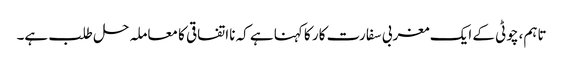
تاہم، چوٹی کے ایک مغربی سفارت کار کا کہنا ہے کہ نااتفاقی کا معاملہ حل طلب ہے۔